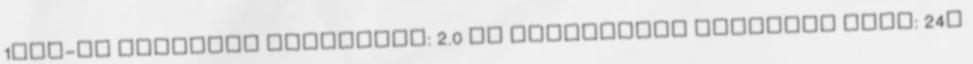
1kHz-en Csatorna egyensúly: 2.0 dB Vertikális követési szög: 24o